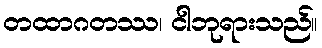
တထာဂတဿ၊ ငါဘုရားသည်။